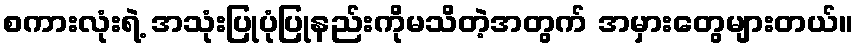
စကားလုံးရဲ့ အသုံးပြုပုံပြုနည်းကိုမသိတဲ့အတွက် အမှားတွေများတယ်။